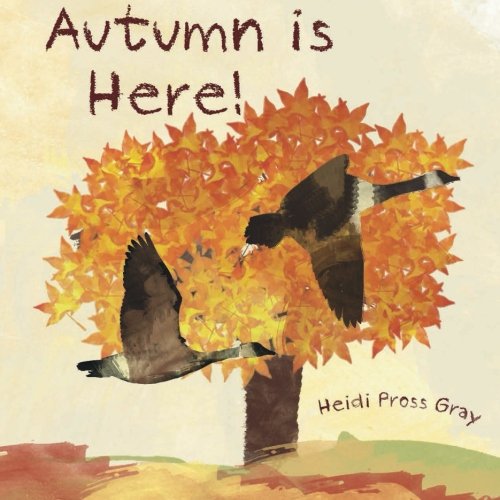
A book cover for Autumn is here!; Heidi Pross Gray; Children's Books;